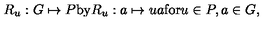
R _ { u } : G \mapsto P \mathrm { b y } R _ { u } : a \mapsto u a \mathrm { f o r } u \in P , a \in G ,